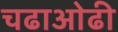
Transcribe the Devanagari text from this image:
चढाओढी